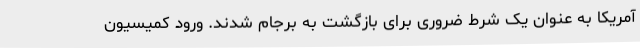
آمریکا به عنوان یک شرط ضروری برای بازگشت به برجام شدند. ورود کمیسیون